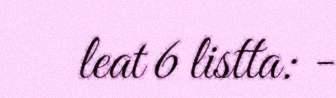
leat 6 listta: -